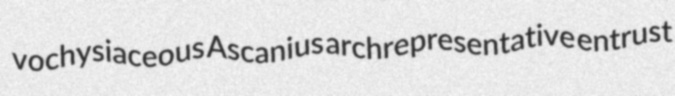
vochysiaceous Ascanius archrepresentative entrust